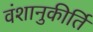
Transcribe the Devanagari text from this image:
वंशानुकीर्ति